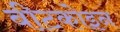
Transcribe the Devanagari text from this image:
बीटकोइन